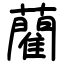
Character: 藺